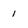
Character: 1